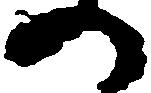
の